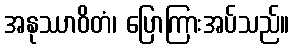
အနုဿာဝိတံ၊ ပြောကြားအပ်သည်။